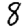
Digit: 8